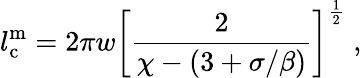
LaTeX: l_{\mathrm{c}}^{\mathrm{m}}=2\pi w\left[\frac{2}{\chi-(3+\sigma/\beta)}\right]^{\frac 12}\; ,